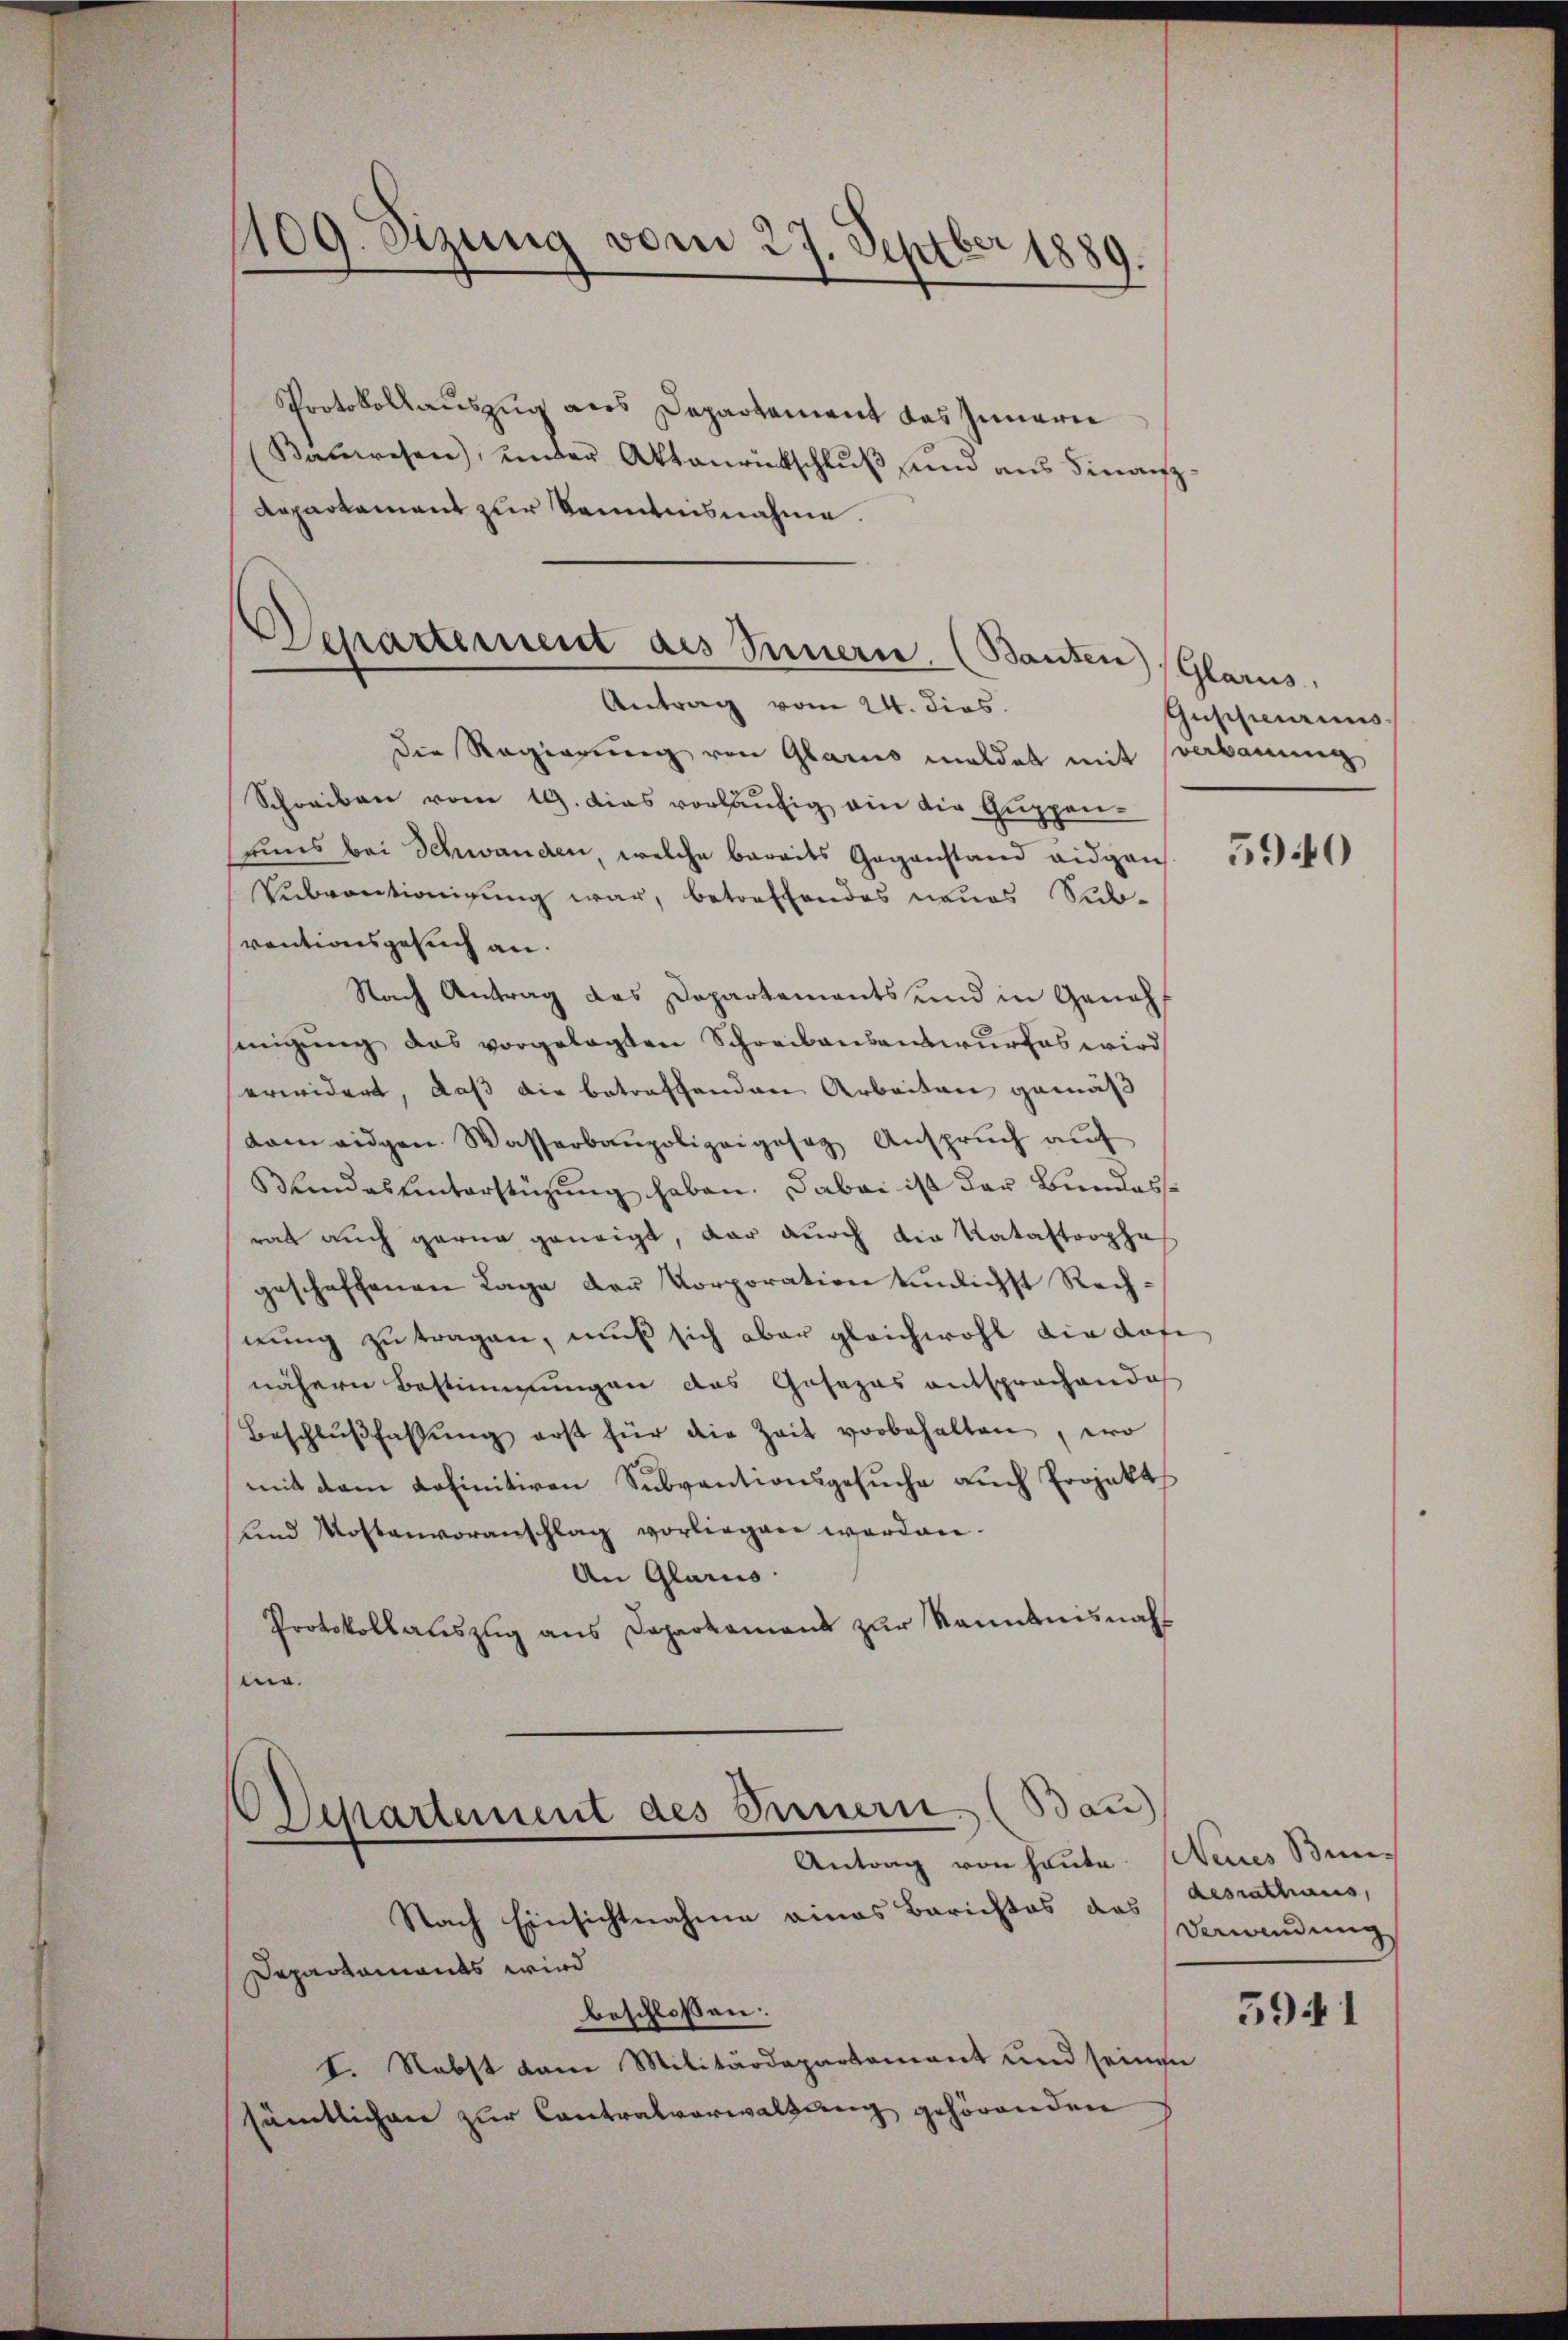
109. Sizung vom 27. Septber 1889.

Protokollauszug aus Departament das Innern
Bauwesen, under Aktenrückschluß und aus Finanz¬
Repartement zur kanntnisnahme.
die Regierung von Glarus meldet mit verbauung
Schreiben vom 19. Das vorläufig ain die Guppen-
uns bei Schwanden, welche bereits Gegenstand eidgen
Sŭbventionigung war, betreffendes neues Subventionsgesuch an.
Nach Antrag das Departements und in Genehmigung das vorgelegten Schreibensantwurfes wird
erwidert, daß die betreffenden Arbeiten gemäß
dam eidgen. Wasserbaupolizeigesag Anspruch auf
Blindes hinterstüzŭng haben. Dabei ist der Bundesrat auch gerne geneigt, dar durch die Katastorpha
geschaffenen Lage der Korporation tunlichst Rechnung zu tragen, muß sich aber gleichwohl die dafe
nähern Bestimmungen das Gosozas entsprochendoch
Beschlussfassŭng erst für die Zeit vorbehalten, wo
mit dem definitiven Subventionsgesuche auch Projekt
und Mottanvoranschlag vorliegen werden.
An Glarus.
Protokollauszug aus Daparkamens zur Kenntnisnah
ma.
OSepartement des Innern (Bau
Antrag von heute. Neues Bun¬
Nach Einsichtnahme eines Berichtes des Bewendung
Departaments wird
beschlossen:
I. Nebst dem Militärdepartamant und seinen
sämtlichen zur Contralverwaltung gehörenden

Departement des Innern. (Banzen (Glarus,
Antrag vom 24. dies

Guppenries

5940

desrathaus,

5941